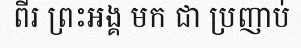
ពីរ ព្រះអង្គ មក ជា ប្រញាប់